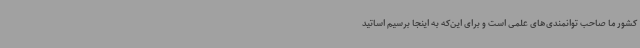
کشور ما صاحب توانمندی‌های علمی است و برای این‌که به اینجا برسیم اساتید